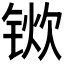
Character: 𫓿